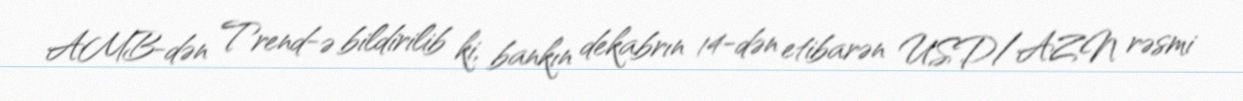
AMB-dən Trend-ə bildirilib ki, bankın dekabrın 14-dən etibarən USD/AZN rəsmi